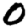
Digit: 0